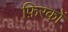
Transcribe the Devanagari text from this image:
फ़िरकों